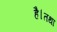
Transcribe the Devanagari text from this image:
है।तथा